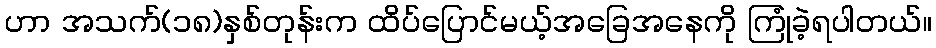
ဟာ အသက်(၁၈)နှစ်တုန်းက ထိပ်ပြောင်မယ့်အခြေအနေကို ကြုံခဲ့ရပါတယ်။